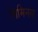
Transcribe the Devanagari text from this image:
लिमिनल